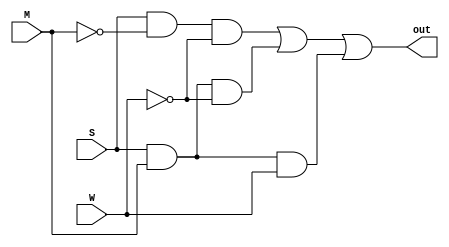
//Se realizo la ecuacion SOP del ejercicio 5 con gate
module gate1(input wire S, M, W, output wire out);

  wire a1, a2, b1, b2, b3;

  not (a1, M);
  not (a2, W);
  and (b1, S, a1, a2);
  and (b2, S, M, a2);
  and (b3, S, M, W);
  or (out, b1, b2, b3);

endmodule

//Se realizo la ecuacion POS del ejercicio 5 con gate
module gate2(input wire S, M, W, output wire out);

  wire a3, a4, a5, b4, b5, b6, b7, b8;

  not (a3, S);
  not (a4, M);
  not (a5, W);
  or (b4, S, M, W);
  or (b5, S, M, a5);
  or (b6, S, a4, W);
  or (b7, S, a4, a5);
  or (b8, a3, M, a5);
  and (out, b4, b5, b6, b7, b8);

endmodule

//Se realizo la ecuacion reducida del ejercicio 5 con gate
module gate3(input wire S, M, W, output wire out);

  wire a6, b9, b10;

  not (a6, W);
  and (b9, S, a6);
  and (b10, S, M);
  or (out, b9, b10);

endmodule

//se realizo la ecuacion SOP del ejercicio 5 con operadores.
module opera1(input wire S, M, W, output wire out);

 assign out = (S & ~M & ~W) | (S & M & ~W) | (S & M & W);

endmodule

//se realizo la ecuacion POS del ejercicio 5 con operadores.
module opera2(input wire S, M, W, output wire out);

  assign out = (S | M | W) & (S | M | ~W) & (S | ~M | W) & (S | ~M | ~W) & (~S | M  | ~W);

endmodule

//Se realizo la ecuacion reducida del ejercicio 5 con operadores.
module opera3(input wire S, M, W, output wire out);

  assign out = (S & ~W) | (S & M);

endmodule